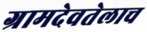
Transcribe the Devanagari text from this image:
ग्रामदेवतेलाच